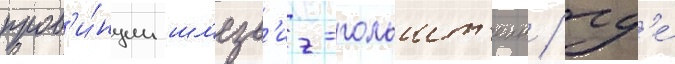
пров'и́нции шл'езв'иг-гольшт'еин / гд'е́